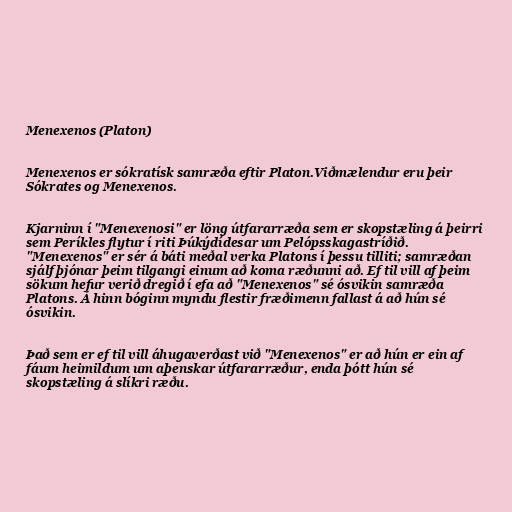
Menexenos (Platon)

Menexenos er sókratísk samræða eftir Platon.Viðmælendur eru þeir
Sókrates og Menexenos.

Kjarninn í "Menexenosi" er löng útfararræða sem er skopstæling á þeirri
sem Períkles flytur í riti Þúkýdídesar um Pelópsskagastríðið.
"Menexenos" er sér á báti meðal verka Platons í þessu tilliti; samræðan
sjálf þjónar þeim tilgangi einum að koma ræðunni að. Ef til vill af þeim
sökum hefur verið dregið í efa að "Menexenos" sé ósvikin samræða
Platons. Á hinn bóginn myndu flestir fræðimenn fallast á að hún sé
ósvikin.

Það sem er ef til vill áhugaverðast við "Menexenos" er að hún er ein af
fáum heimildum um aþenskar útfararræður, enda þótt hún sé
skopstæling á slíkri ræðu.